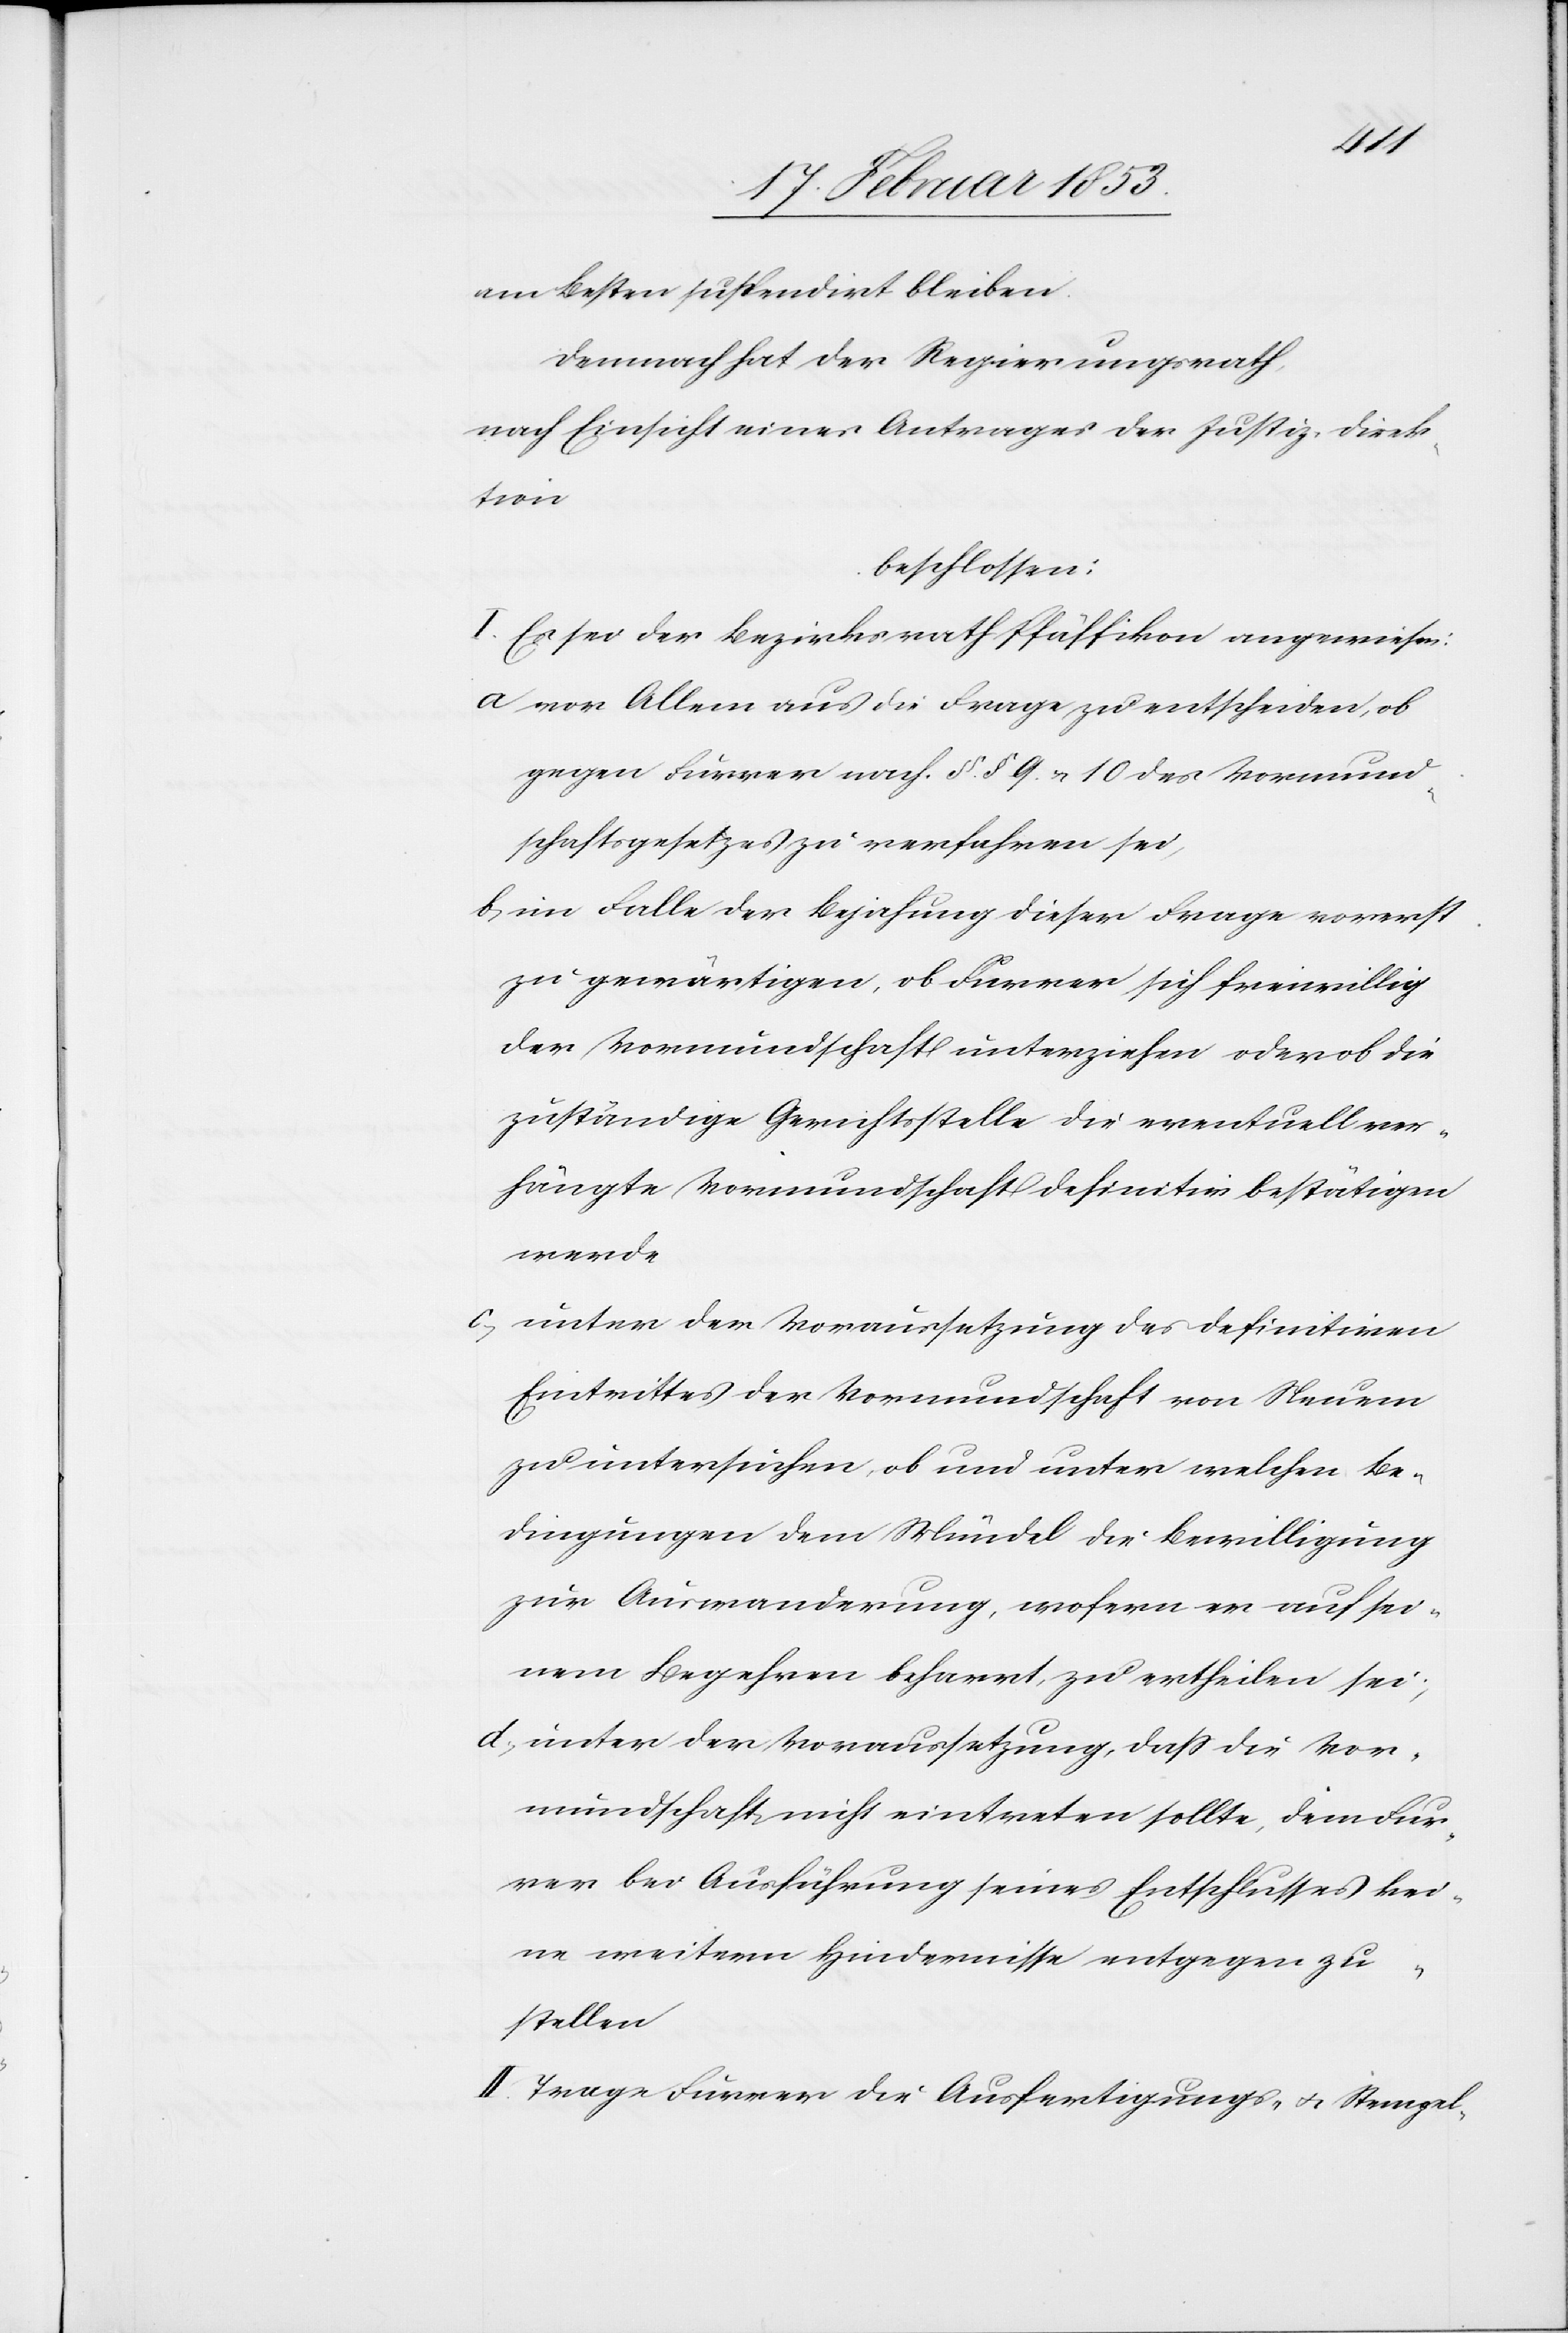
am besten suspendirt bleiben.
Demnach hat der Regierungsrath,
nach Einsicht eines Antrages der Justiz-Direk¬
tion
beschlossen:
I. Es sei der Bezirksrath Pfäffikon angewiesen:
a vor Allem aus die Frage zu entscheiden, ob
gegen Furrer nach §§ 9 u. 10 des Vormund¬
schaftsgesetzes zu verfahren sei,
b, im Falle der Bejahung dieser Frage vorerst
zu gewärtigen, ob Furrer sich freiwillig
der Vormundschaft unterziehen oder ob die
zuständige Gerichtsstelle die eventuell ver¬
hängte Vormundschaft definitiv bestätigen
werde.
c, unter der Voraussetzung des definitiven
Eintrittes der Vormundschaft von Neuem
zu untersuchen, ob und unter welchen Be¬
dingungen dem Mündel die Bewilligung
zur Auswanderung, wofern er auf sei¬
nem Begehren beharrt, zu ertheilen sei;
d, unter der Voraussetzung, daß die Vor¬
mundschaft nicht eintreten sollte, dem Fur¬
rer bei Ausführung seines Entschlusses kei¬
ne weitern Hindernisse entgegen zu
stellen.
II. Trage Furrer die Ausfertigungs- u. Stempel-